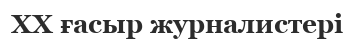
XX ғасыр журналистері